Annual administration report of the Civil Veterinary Department, Ajmere-Merwara, British Rajputana - 1914-1940
Year: 1914
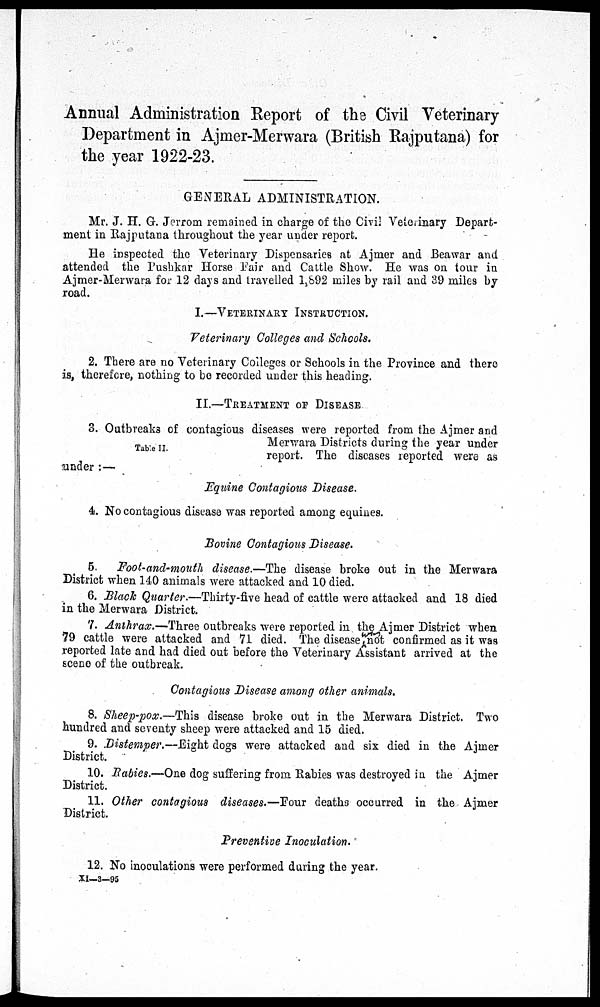
Annual Administration Report of the Civil Veterinary
Department in Ajmer-Merwara (British Rajputana) for
the year 1922-23.
GENERAL ADMINISTRATION.
Mr. J. H. G. Jerrom remained in charge of the Civil Veterinary Depart-
ment in Rajputana throughout the year under report.
He inspected the Veterinary Dispensaries at Ajmer and Beawar and
attended the Pushkar Horse Fair and Cattle Show. He was on tour in
Ajmer-Merwara for 12 days and travelled 1,892 miles by rail and 39 miles by
road.
I.—VETERINARY INSTRUCTION.
Veterinary Colleges and Schools.
2. There are no Veterinary Colleges or Schools in the Province and there
is, therefore, nothing to be recorded under this heading.
II.—TREATMENT or DISEASE
Table II.
3. Outbreaks of contagious diseases were reported from the Ajmer and
Merwara Districts during the year under
report. The diseases reported were as
under:—
Equine Contagious Disease.
4. No contagious disease was reported among equines.
Bovine Contagious Disease.
5.
Foot-and-mouth disease.—The disease broke out in the Merwara
District when 140 animals were attacked and 10 died.
6. Black Quarter.—Thirty-five head of cattle were attacked and 18 died
in the Merwara District.
7. Anthrax.—Three outbreaks were reported in the Ajmer District when
79 cattle were attacked and 71 died. The disease not confirmed as it was
reported late and had died out before the Veterinary Assistant arrived at the
scene of the outbreak.
Contagious Disease among other animals.
8. Sheep-pox.—This disease broke out in the Merwara District. Two
hundred and seventy sheep were attacked and 15 died.
9. Distemper.—Eight dogs were attacked and six died in the Ajmer
District.
10. Rabies.—One dog suffering from Rabies was destroyed in the Ajmer
District.
11. Other contagious diseases.—Four deaths occurred in the Ajmer
District.
Preventive Inoculation.
12. No inoculations were performed during the year.
XI—3—95